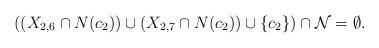
LaTeX: \begin{align*}\mbox{$((X_{2,6}\cap N(c_2))\cup (X_{2,7}\cap N(c_2))\cup\{c_2\})\cap {\cal N}=\emptyset$.}\end{align*}